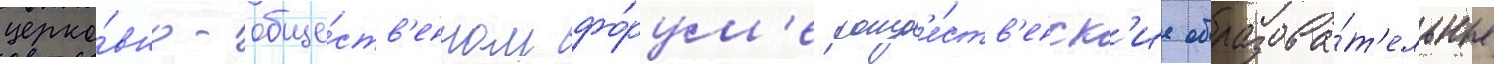
церко́вно-обще́ств'енном фо́рум'е рожд'е́ств'енск'ие образова́т'ельные